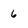
Character: 6